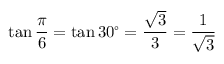
\tan { \frac { \pi } { 6 } } = \tan 3 0 ^ { \circ } = { \frac { \sqrt { 3 } } { 3 } } = { \frac { 1 } { \sqrt { 3 } } }